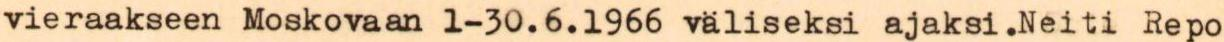
vieraakseen Moskovaan 1-30.6.1966 väliseksi ajaksi.Neiti Repo